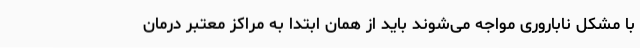
با مشکل ناباروری مواجه می‌شوند باید از همان ابتدا به مراکز معتبر درمان